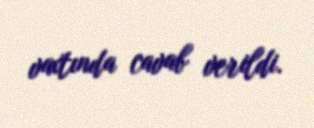
vaxtında cavab verildi.